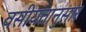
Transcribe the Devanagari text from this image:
वसीयतानुसार